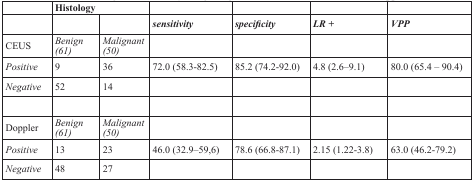
<table><thead><tr><td></td><td colspan="2"><b>Histology</b></td><td></td><td></td><td></td><td></td></tr><tr><td></td><td></td><td></td><td><b><i>sensitivity</i></b></td><td><b><i>specificity</i></b></td><td><b><i>LR +</i></b></td><td><b><i>VPP</i></b></td></tr></thead><tbody><tr><td>CEUS</td><td><i>Benign</i><i>(61)</i></td><td><i>Malignant (50)</i></td><td></td><td></td><td></td><td></td></tr><tr><td><i>Positive</i></td><td>9</td><td>36</td><td>72.0 (58.3-82.5)</td><td>85.2 (74.2-92.0)</td><td>4.8 (2.6–9.1)</td><td>80.0 (65.4 – 90.4)</td></tr><tr><td><i>Negative</i></td><td>52</td><td>14</td><td></td><td></td><td></td><td></td></tr><tr><td>Doppler</td><td><i>Benign</i><i>(61)</i></td><td><i>Malignant (50)</i></td><td></td><td></td><td></td><td></td></tr><tr><td><i>Positive</i></td><td>13</td><td>23</td><td>46.0 (32.9–59,6)</td><td>78.6 (66.8-87.1)</td><td>2.15 (1.22-3.8)</td><td>63.0 (46.2-79.2)</td></tr><tr><td><i>Negative</i></td><td>48</td><td>27</td><td></td><td></td><td></td><td></td></tr></tbody></table>